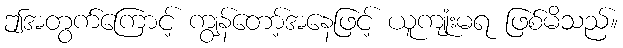
ဤအတွက်ကြောင့် ကျွန်တော့်အနေဖြင့် ယူကျုံးမရ ဖြစ်မိသည်။